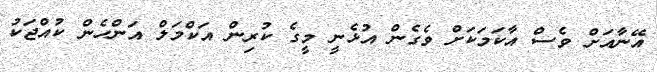
އޭނާއަށް ވެސް އާކަމަކަށް ވެގެން އުޅެނީ މީގެ ކުރިން އަކްމަލް އަންހެން ކުއްޖަކު